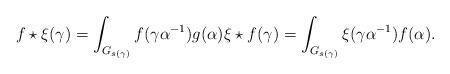
LaTeX: \begin{align*}f \star \xi (\gamma) = \int_{G_{s(\gamma)}}f(\gamma\alpha^{-1})g(\alpha) \xi \star f(\gamma) = \int_{G_{s(\gamma)}}\xi (\gamma\alpha^{-1}) f(\alpha).\end{align*}